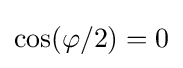
\cos(\varphi /2)=0